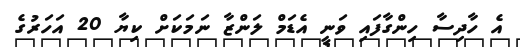
އެ ހާދިސާ ހިންގާފައި ވަނީ އެޑަމް ލަންޒާ ނަމަކަށް ކިޔާ 20 އަހަރުގެ